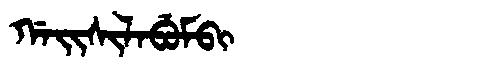
Manchu: ᡤᠠᡳᠰᡳᠯᠠᠪᡠᠮᠪᡳ
Romanization: GAISILABUMBI